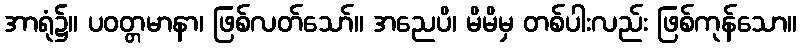
အာရုံ၌။ ပဝတ္တမာနာ၊ ဖြစ်လတ်သော်။ အညေပိ၊ မိမိမှ တစ်ပါးလည်း ဖြစ်ကုန်သော။